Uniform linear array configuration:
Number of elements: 8
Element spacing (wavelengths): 0.25
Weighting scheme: exponential
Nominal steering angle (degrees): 15
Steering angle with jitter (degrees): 15.257
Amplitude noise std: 0.05
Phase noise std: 0.05

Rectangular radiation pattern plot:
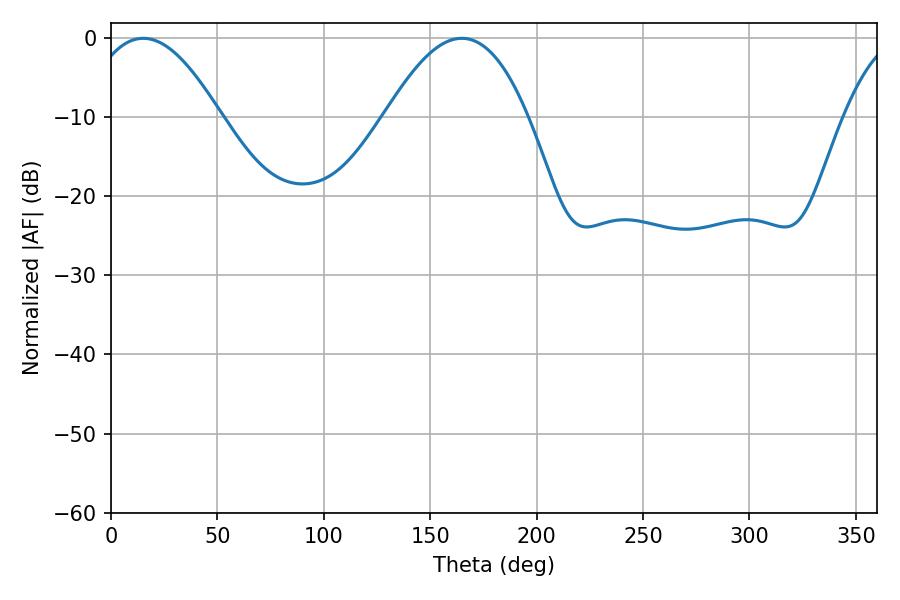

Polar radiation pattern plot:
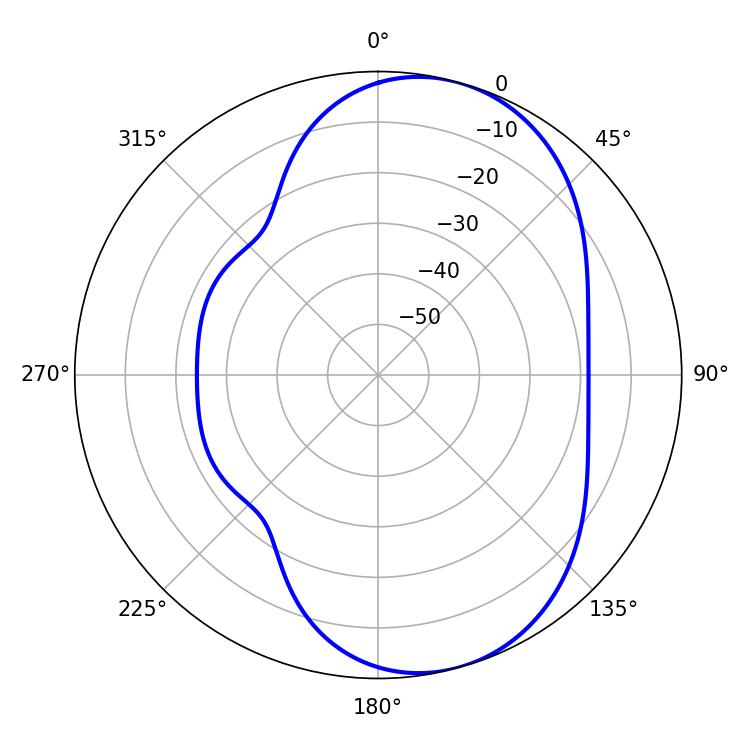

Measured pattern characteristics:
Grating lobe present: FALSE
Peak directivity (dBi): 6.999
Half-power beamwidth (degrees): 34.38
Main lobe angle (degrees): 15.12